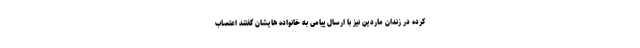
کرده در زندان ماردین نیز با ارسال پیامی به خانواده هایشان گفتند اعتصاب